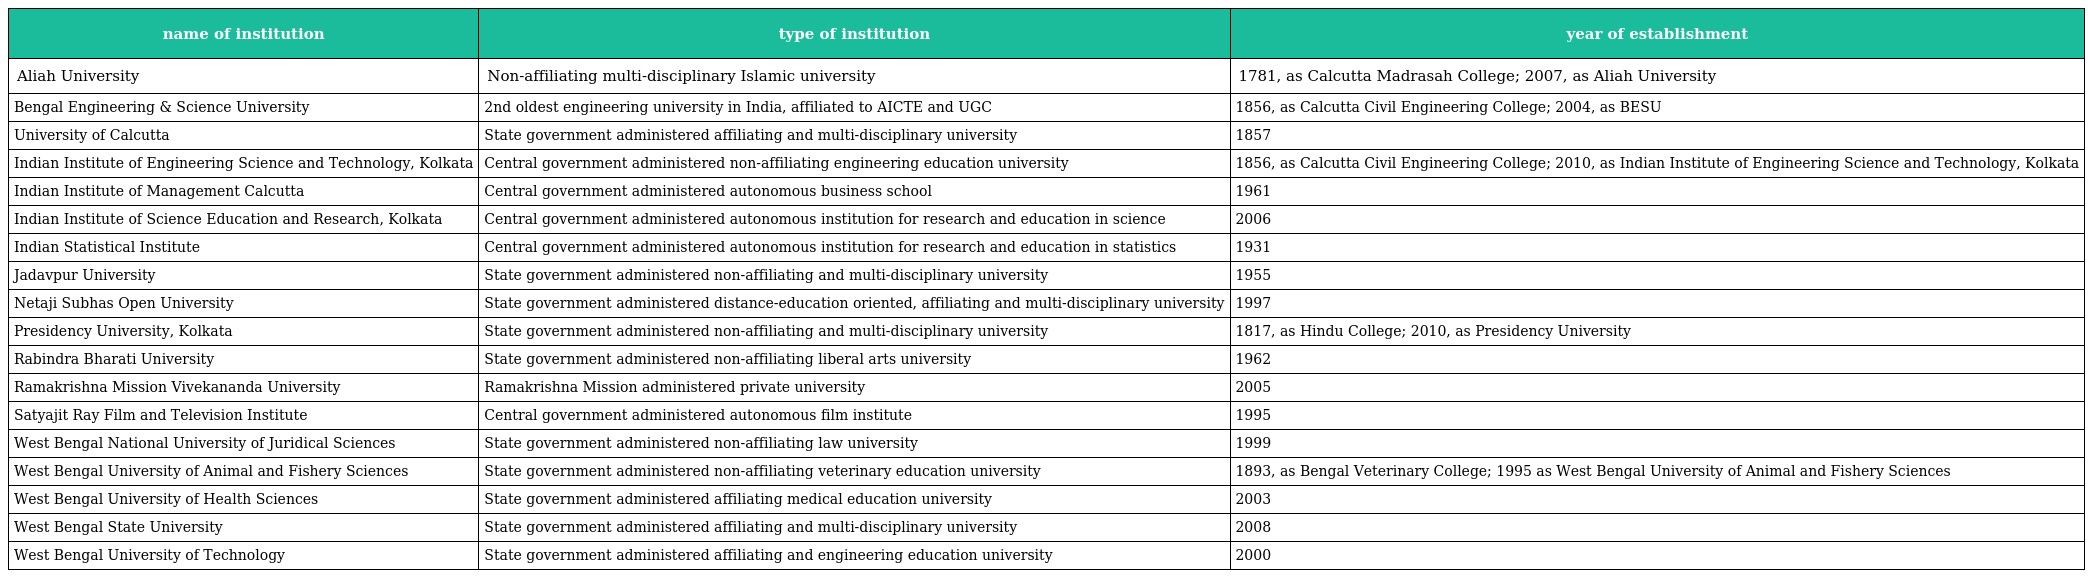
| name of institution | type of institution | year of establishment |
 | --- | --- | --- |
 | Aliah University | Non-affiliating multi-disciplinary Islamic university | 1781, as Calcutta Madrasah College; 2007, as Aliah University |
 | Bengal Engineering & Science University | 2nd oldest engineering university in India, affiliated to AICTE and UGC | 1856, as Calcutta Civil Engineering College; 2004, as BESU |
 | University of Calcutta | State government administered affiliating and multi-disciplinary university | 1857 |
 | Indian Institute of Engineering Science and Technology, Kolkata | Central government administered non-affiliating engineering education university | 1856, as Calcutta Civil Engineering College; 2010, as Indian Institute of Engineering Science and Technology, Kolkata |
 | Indian Institute of Management Calcutta | Central government administered autonomous business school | 1961 |
 | Indian Institute of Science Education and Research, Kolkata | Central government administered autonomous institution for research and education in science | 2006 |
 | Indian Statistical Institute | Central government administered autonomous institution for research and education in statistics | 1931 |
 | Jadavpur University | State government administered non-affiliating and multi-disciplinary university | 1955 |
 | Netaji Subhas Open University | State government administered distance-education oriented, affiliating and multi-disciplinary university | 1997 |
 | Presidency University, Kolkata | State government administered non-affiliating and multi-disciplinary university | 1817, as Hindu College; 2010, as Presidency University |
 | Rabindra Bharati University | State government administered non-affiliating liberal arts university | 1962 |
 | Ramakrishna Mission Vivekananda University | Ramakrishna Mission administered private university | 2005 |
 | Satyajit Ray Film and Television Institute | Central government administered autonomous film institute | 1995 |
 | West Bengal National University of Juridical Sciences | State government administered non-affiliating law university | 1999 |
 | West Bengal University of Animal and Fishery Sciences | State government administered non-affiliating veterinary education university | 1893, as Bengal Veterinary College; 1995 as West Bengal University of Animal and Fishery Sciences |
 | West Bengal University of Health Sciences | State government administered affiliating medical education university | 2003 |
 | West Bengal State University | State government administered affiliating and multi-disciplinary university | 2008 |
 | West Bengal University of Technology | State government administered affiliating and engineering education university | 2000 |